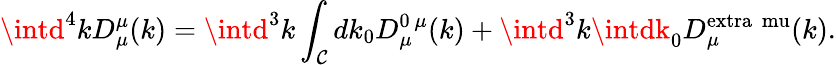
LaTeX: \intd^{4}kD_{\mu}^{\mu}(k)=\intd^{3}k\int_{\mathcal{C}}dk_{0}D_{\mu}^{0\ \mu}(k)+\intd^{3}k\intdk_{0}D_{\mu}^{\mathrm{{extra\ \ mu}}}(k).